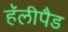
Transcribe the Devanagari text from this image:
हॅलीपैड